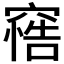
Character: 𥧦